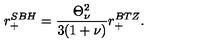
r _ { + } ^ { S B H } = \frac { \Theta _ { \nu } ^ { 2 } } { 3 ( 1 + \nu ) } r _ { + } ^ { B T Z } .